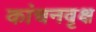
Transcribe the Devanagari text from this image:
कांचनवृक्ष